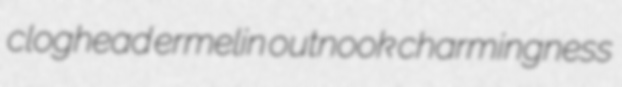
cloghead ermelin outnook charmingness